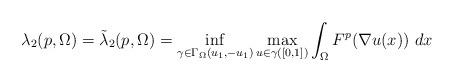
LaTeX: \begin{align*}\lambda_{2}(p,\Omega)=\tilde\lambda_{2}(p,\Omega)=\inf_{\gamma\in\Gamma_\Omega(u_1,-u_1)}\max_{u\in\gamma([0,1])}\int_\Omega F^p(\nabla u(x)) \ dx\end{align*}